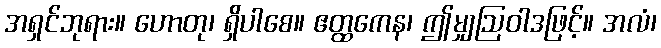
အရှင်ဘုရား။ ဟောတု၊ ရှိပါစေ။ ဧတ္ထကေန၊ ဤမျှဩဝါဒဖြင့်။ အလံ၊